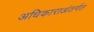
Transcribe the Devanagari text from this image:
अधिकाराअंतर्गत